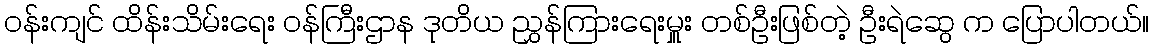
ဝန်းကျင် ထိန်းသိမ်းရေး ဝန်ကြီးဌာန ဒုတိယ ညွှန်ကြားရေးမှူး တစ်ဦးဖြစ်တဲ့ ဦးရဲဆွေ က ပြောပါတယ်။